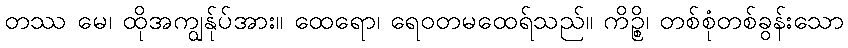
တဿ မေ၊ ထိုအကျွန်ုပ်အား။ ထေရော၊ ရေဝတမထေရ်သည်။ ကိဉ္စိ၊ တစ်စုံတစ်ခွန်းသော